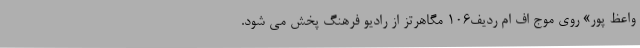
واعظ پور» روی موج اف ام ردیف106 مگاهرتز از رادیو فرهنگ پخش می شود.